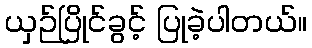
ယှဉ်ပြိုင်ခွင့် ပြုခဲ့ပါတယ်။